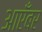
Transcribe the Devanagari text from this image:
आएँबर